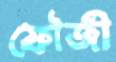
ফৌজী